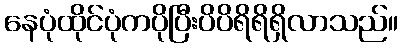
နေပုံထိုင်ပုံကပိုပြီးပိပိရိရိရှိလာသည်။